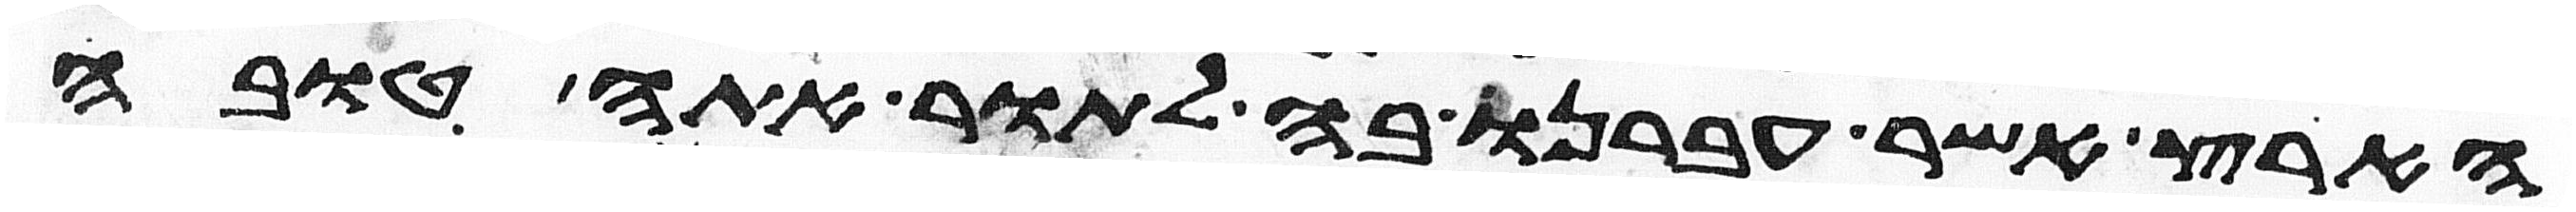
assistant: הארץ אשר עברנו בה לתור אתה טובה